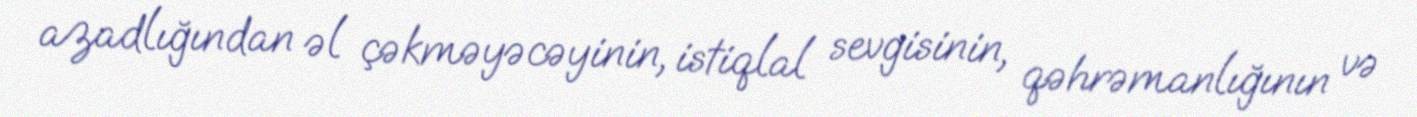
azadlığından əl çəkməyəcəyinin, istiqlal sevgisinin, qəhrəmanlığının və